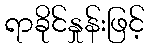
ရာခိုင်နှုန်းဖြင့်